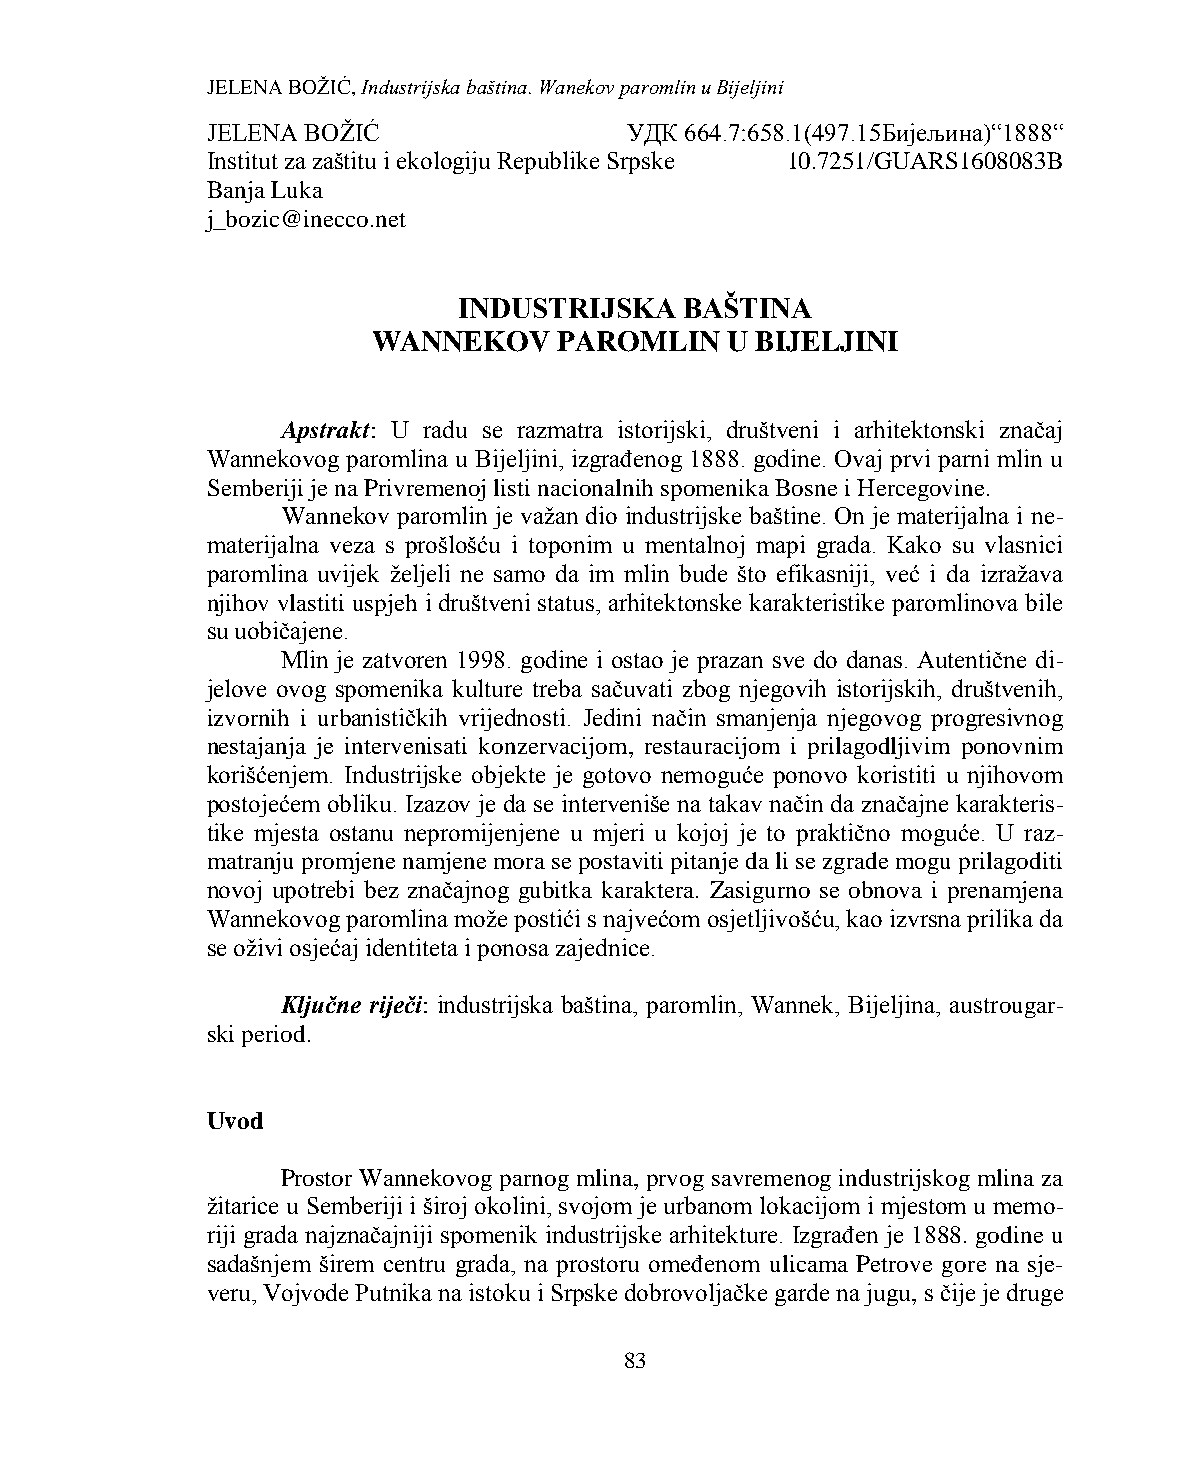
JELENA BOŽIĆ, Industrijska baština. Wanekov paromlin u Bijeljini
 JELENA BOŽIĆ                УДК 664.7:658.1(497.15Бијељина)“1888“
 Institut za zaštitu i ekologiju Republike Srpske 10.7251/GUARS1608083B
 Banja Luka
 j_bozic@inecco.net
 INDUSTRIJSKA   BAŠTINA
 WANNEKOV    PAROMLIN   U BIJELJINI
 Apstrakt: U radu se razmatra istorijski, društveni i arhitektonski značaj
 Wannekovog paromlina u Bijeljini, izgrađenog 1888. godine. Ovaj prvi parni mlin u
 Semberiji je na Privremenoj listi nacionalnih spomenika Bosne i Hercegovine.
 Wannekov paromlin je važan dio industrijske baštine. On je materijalna i ne-
 materijalna veza s prošlošću i toponim u mentalnoj mapi grada. Kako su vlasnici
 paromlina uvijek željeli ne samo da im mlin bude što efikasniji, već i da izražava
 njihov vlastiti uspjeh i društveni status, arhitektonske karakteristike paromlinova bile
 su uobičajene.
 Mlin je zatvoren 1998. godine i ostao je prazan sve do danas. Autentične di-
 jelove ovog spomenika kulture treba sačuvati zbog njegovih istorijskih, društvenih,
 izvornih i urbanističkih vrijednosti. Jedini način smanjenja njegovog progresivnog
 nestajanja je intervenisati konzervacijom, restauracijom i prilagodljivim ponovnim
 korišćenjem. Industrijske objekte je gotovo nemoguće ponovo koristiti u njihovom
 postojećem obliku. Izazov je da se interveniše na takav način da značajne karakteris-
 tike mjesta ostanu nepromijenjene u mjeri u kojoj je to praktično moguće. U raz-
 matranju promjene namjene mora se postaviti pitanje da li se zgrade mogu prilagoditi
 novoj upotrebi bez značajnog gubitka karaktera. Zasigurno se obnova i prenamjena
 Wannekovog paromlina može postići s najvećom osjetljivošću, kao izvrsna prilika da
 se oživi osjećaj identiteta i ponosa zajednice.
 Ključne riječi: industrijska baština, paromlin, Wannek, Bijeljina, austrougar-
 ski period.
 Uvod
 Prostor Wannekovog parnog mlina, prvog savremenog industrijskog mlina za
 žitarice u Semberiji i široj okolini, svojom je urbanom lokacijom i mjestom u memo-
 riji grada najznačajniji spomenik industrijske arhitekture. Izgrađen je 1888. godine u
 sadašnjem širem centru grada, na prostoru omeđenom ulicama Petrove gore na sje-
 veru, Vojvode Putnika na istoku i Srpske dobrovoljačke garde na jugu, s čije je druge
 83